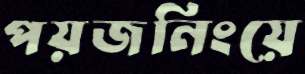
পয়জনিংয়ে